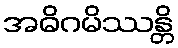
အဓိဂမိဿန္တိ